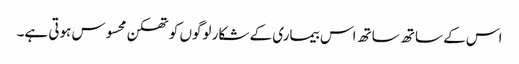
اس کے ساتھ ساتھ اس بیماری کے شکار لوگوں کو تھکن محسوس ہوتی ہے۔